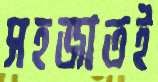
সহজাতই